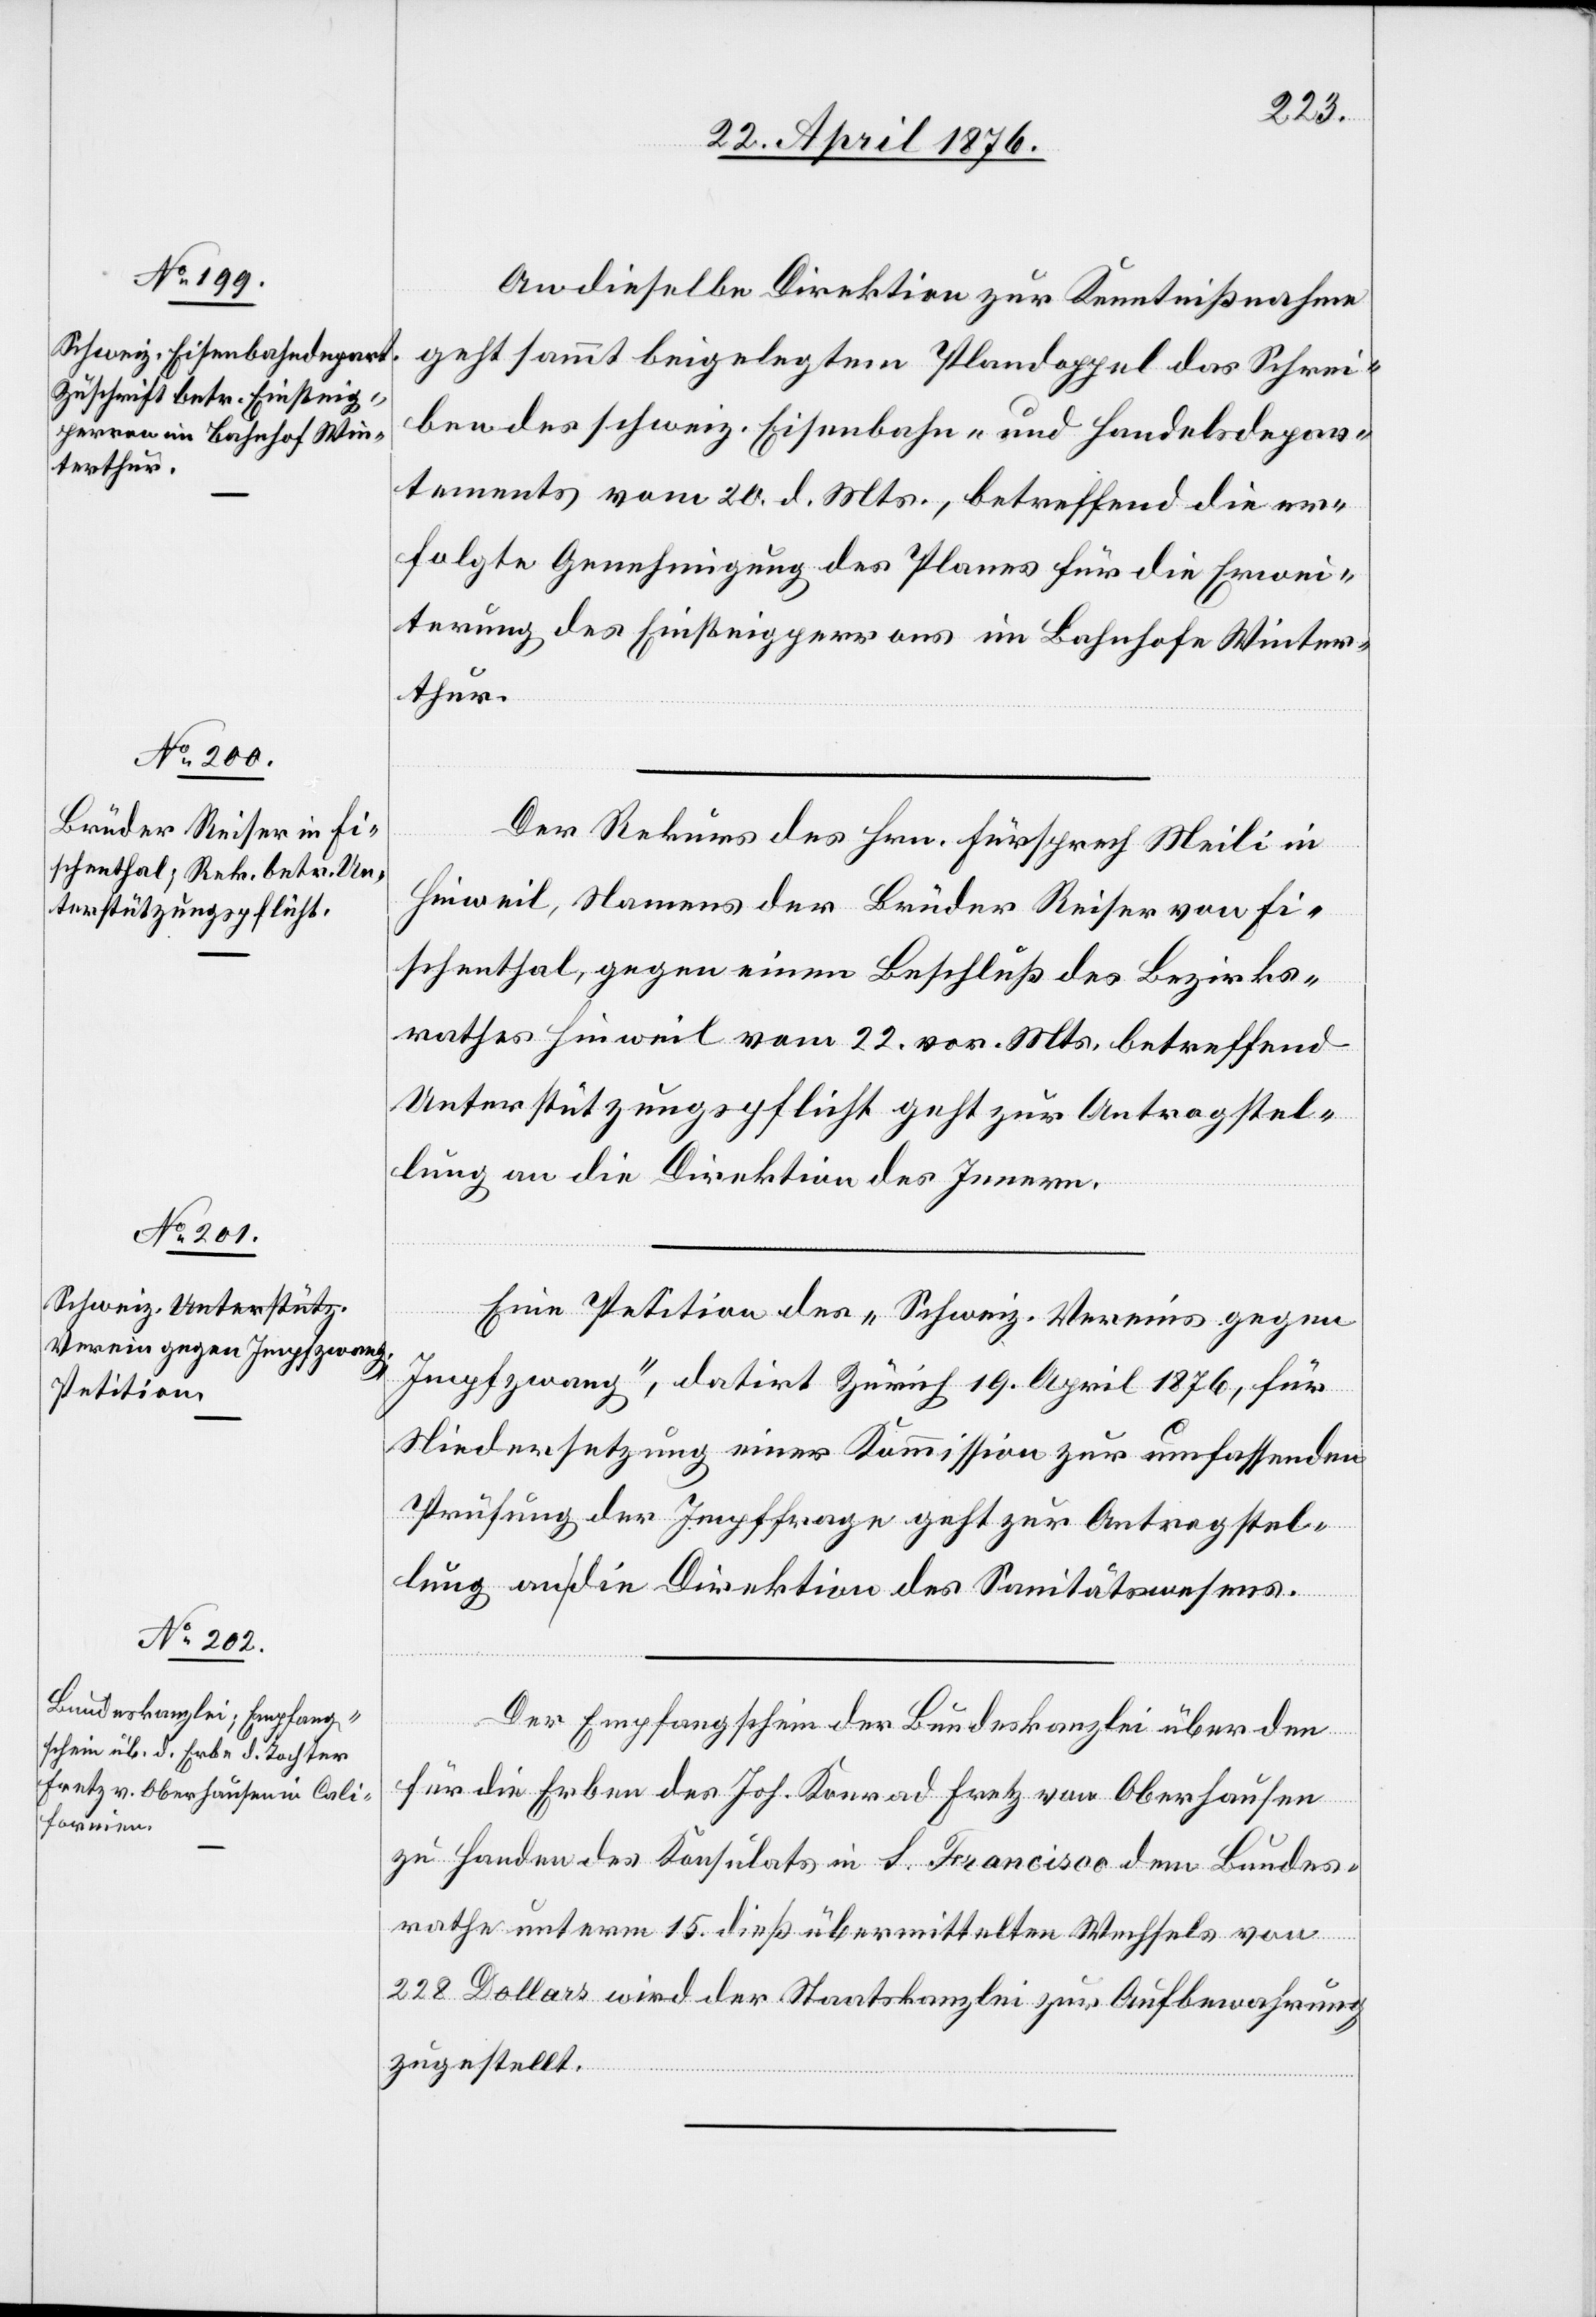
24. April 1876.]
An dieselbe Direktion zur Kenntnißnahme
geht sammt beigelegtem Plandoppel das Schrei¬
ben des schweiz. Eisenbahn- und Handelsdepar¬
tements vom 20. d. Mts., betreffend die er¬
folgte Genehmigung des Planes für die Erwei¬
terung des Einsteigperrons im Bahnhofe Winter¬
thur.
Der Rekurs des Hrn. Fürsprech Meili in
Hinweil, Namens der Brüder Reiser von Fi¬
schenthal, gegen einen Beschluß des Bezirks¬
rathes Hinweil vom 22. vor. Mts. betreffend
Unterstützungspflicht geht zur Antragstel¬
lung an die Direktion des Innern.
Eine Petition des „Schweiz. Vereins gegen
Impfzwang“, datirt Zürich 19. April 1876, für
Niedersetzung eines Kommission zur umfassenden
Prüfung der Impffrage geht zur Antragstel¬
lung an die Direktion des Sanitätswesens.
Der Empfangschein der Bundeskanzlei über den
für die Erben des Joh. Konrad Fretz von Oberhausen
zu Handen des Konsulats in S. Francisco dem Bundes¬
rathe unterm 15. dieß übermittelten Wechsels von
228 Dollars wird der Staatskanzlei zur Aufbewahrung
zugestellt.